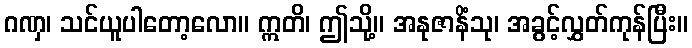
ဂဏှ၊ သင်ယူပါတော့လော။ ဣတိ၊ ဤသို့။ အနုဇာနိံသု၊ အခွင့်လွှတ်ကုန်ပြီး။